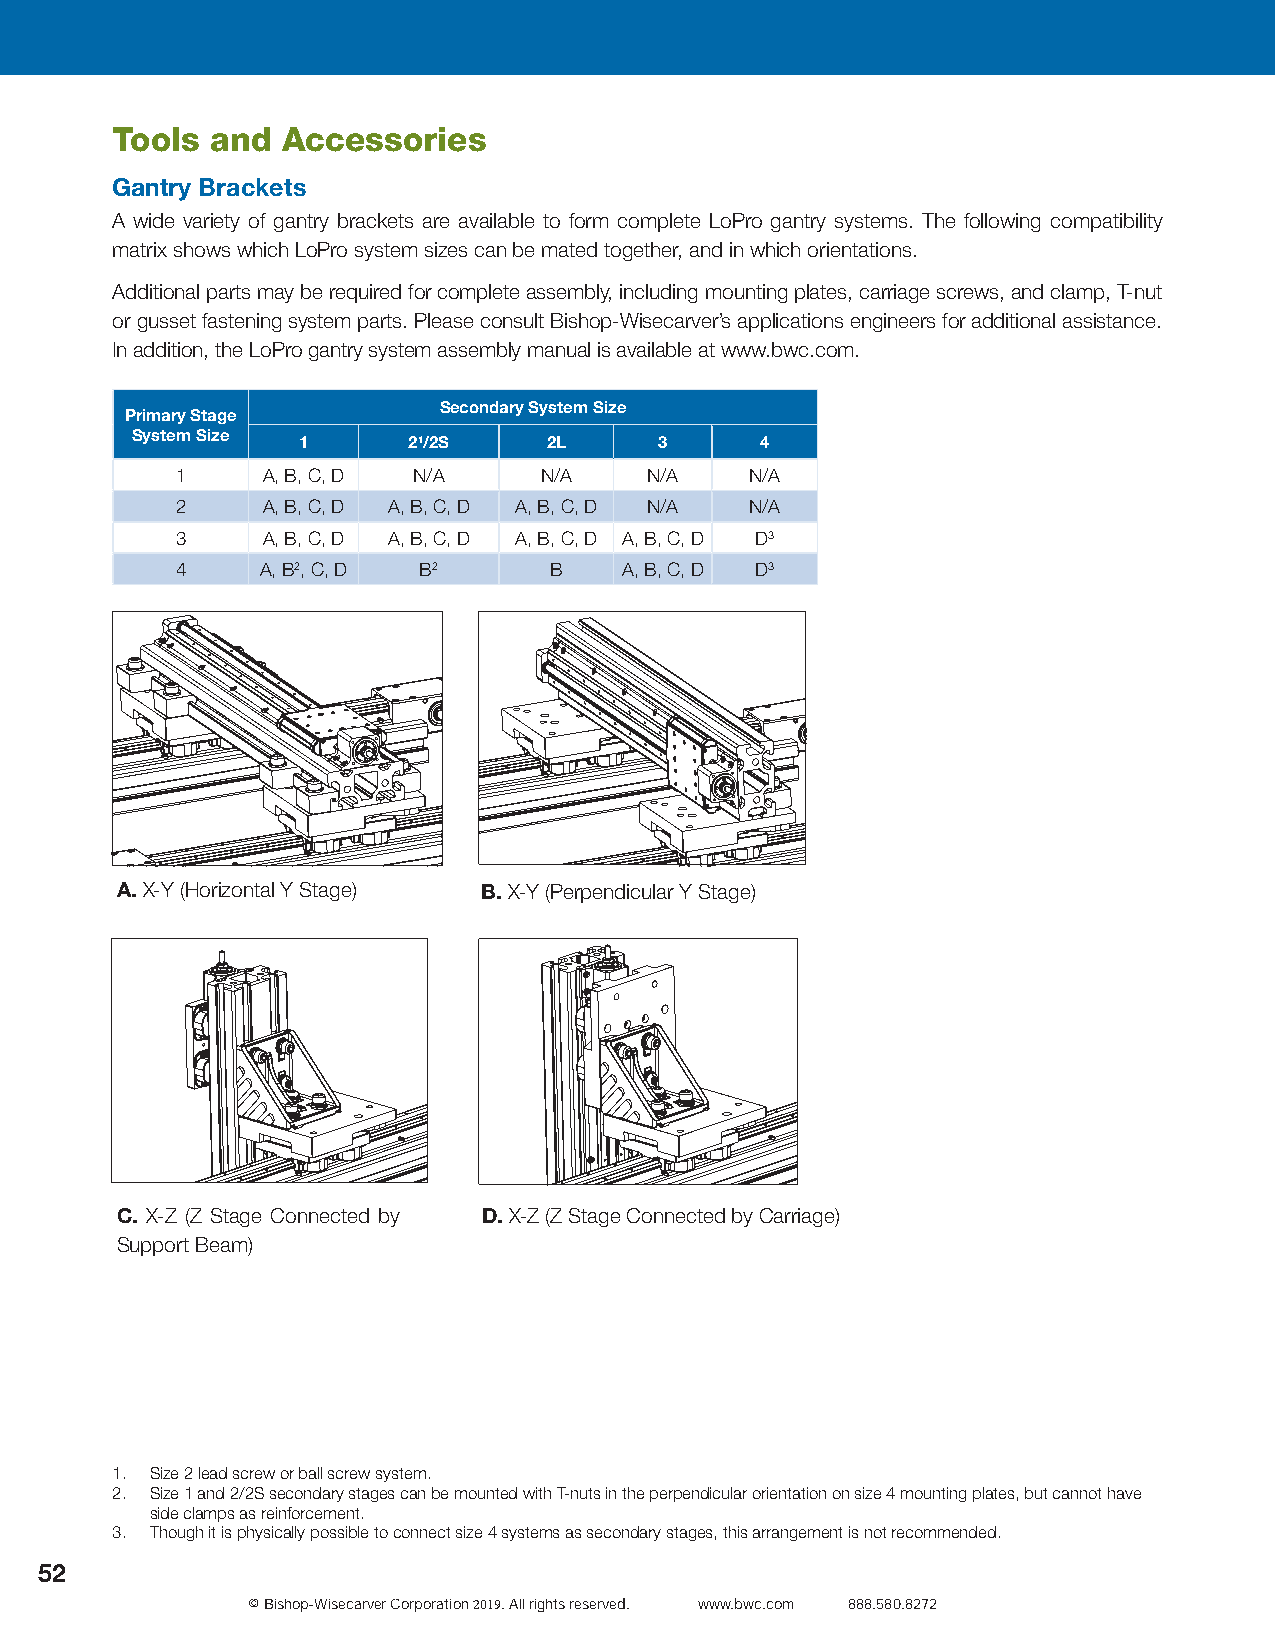
Tools  and  Accessories
 Gantry Brackets
 A wide variety of gantry brackets are available to form complete LoPro gantry systems. The following compatibility
 matrix shows which LoPro system sizes can be mated together, and in which orientations.
 Additional parts may be required for complete assembly, including mounting plates, carriage screws, and clamp, T-nut
 or gusset fastening system parts. Please consult Bishop-Wisecarver’s applications engineers for additional assistance.
 In addition, the LoPro gantry system assembly manual is available at www.bwc.com.
 Secondary System Size
 Primary Stage
 System Size
 1      21/2S    2L      3     4
 1    A, B, C, D N/A     N/A    N/A    N/A
 2    A, B, C, D A, B, C, D A, B, C, D N/A N/A
 3    A, B, C, D A, B, C, D A, B, C, D A, B, C, D D3
 4    A, B2, C, D B2     B    A, B, C, D D3
 A.X-Y (Horizontal Y Stage) B.X-Y (Perpendicular Y Stage)
 C. X-Z (Z Stage Connected by D.X-Z (Z Stage Connected by Carriage)
 Support Beam)
 1. Size 2 lead screw or ball screw system.
 2. Size 1 and 2/2S secondary stages can be mounted with T-nuts in the perpendicular orientation on size 4 mounting plates, but cannot have
 side clamps as reinforcement.
 3. Though it is physically possible to connect size 4 systems as secondary stages, this arrangement is not recommended.
 52
 © Bishop-Wisecarver Corporation 2019. All rights reserved. www.bwc.com 888.580.8272